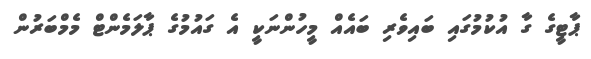
ޕާޓީގެ ގާ އުކުމުގައި ބައިވެރި ބައެއް މީހުންނަކީ އެ ގައުމުގެ ޕާލަމެންޓް މެމްބަރުން